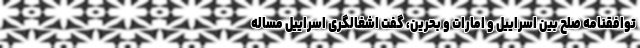
توافقنامه صلح بین اسراییل و امارات و بحرین، گفت اشغالگری اسراییل مساله